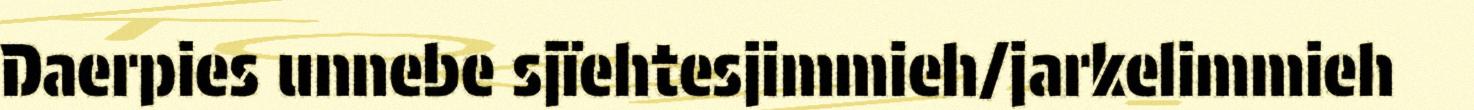
Daerpies unnebe sjïehtesjimmieh/jarkelimmieh